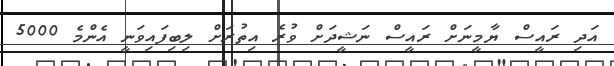
އަދި ރައީސް ޔާމީނަށް ރައީސް ނަޝީދަށް ވުރެ އިތުރަށް ލިބިފައިވަނީ އެންމެ 5000